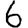
Digit: 6